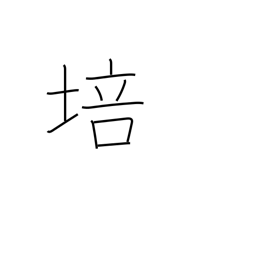
Meaning: foster